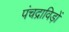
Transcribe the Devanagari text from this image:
पंचद्राविड़ों